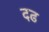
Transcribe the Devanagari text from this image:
दढ